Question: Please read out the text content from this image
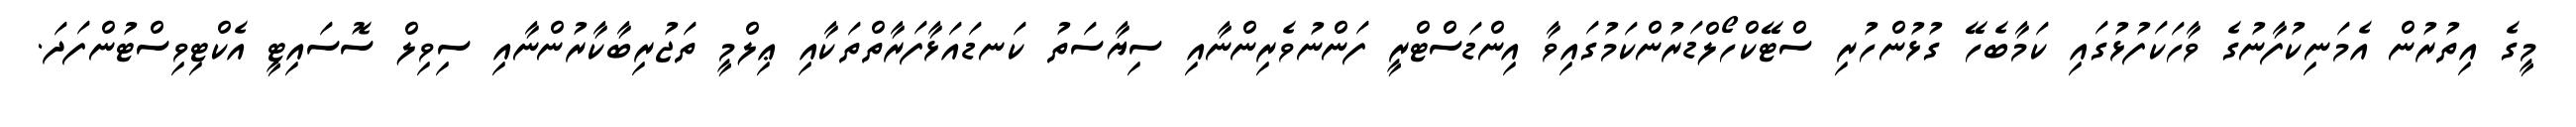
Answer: މީގެ އިތުރުން އެމަނިކުފާނުގެ ވާހަކަފުޅުގައި ކަމާބެހޭ ގުޅުންހުރި ސްޓޭކްހޯލްޑަރުންކަމުގައިވާ އިންޑަސްޓްރީ ފަންނުވެރިންނާއި ސިޔާސަތު ކަނޑައަޅާފަރާތްތަކާއި ޢިލްމީ ތަޖުރިބާކާރުންނާއި ސިވިލް ސޮސައިޓީ އެކްޓިވިސްޓުންފަދަ.